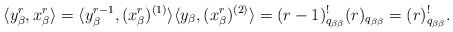
\begin{align*}\langle y_{\beta}^{r}, x_{\beta}^{r} \rangle =\langle y_{\beta}^{r-1}, (x_{\beta}^{r})^{(1)} \rangle \langle y_{\beta}, (x_{\beta}^{r})^{(2)} \rangle =(r-1)_{q_{\beta\beta}}^!(r)_{q_{\beta\beta}} = (r)_{q_{\beta\beta}}^!.\end{align*}